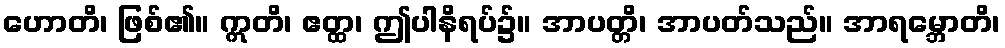
ဟောတိ၊ ဖြစ်၏။ ဣတိ၊ ဧတ္ထ၊ ဤပါနိရပ်၌။ အာပတ္တိ၊ အာပတ်သည်။ အာရမ္ဘောတိ၊